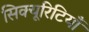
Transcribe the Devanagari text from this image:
सिक्यूरिटियाँ